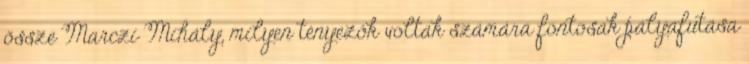
össze Marczi Mihály, milyen tényezôk voltak számára fontosak pályafutása